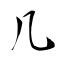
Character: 几